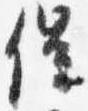
催